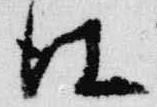
仕